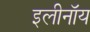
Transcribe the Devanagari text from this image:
इलीनॉय